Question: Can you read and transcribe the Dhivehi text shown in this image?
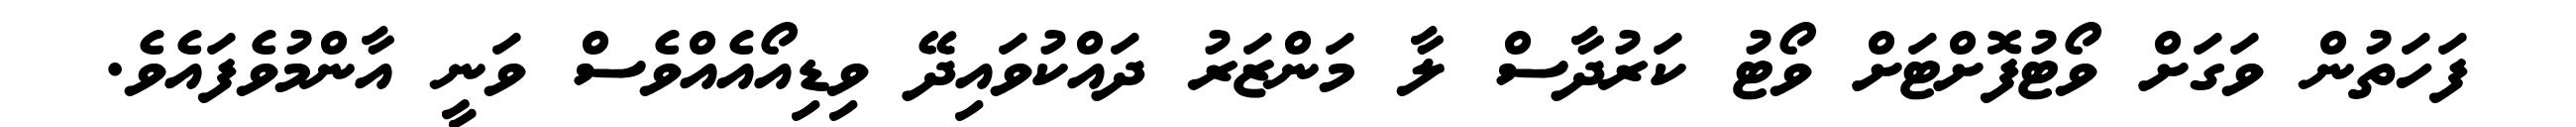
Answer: ފަހަތުން ވަގަށް ވޯޓުފޮށްޓަށް ވޯޓު ކަރުދާސް ލާ މަންޒަރު ދައްކުވައިދޭ ވިޑިއޯއެއްވެސް ވަނީ އާންމުވެފައެވެ.